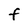
Character: F